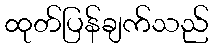
ထုတ်ပြန်ချက်သည်